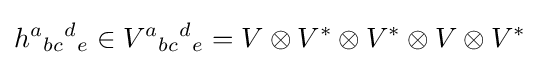
h^{a}{}_{bc}{}^{d}{}_{e}\in V^{a}{}_{bc}{}^{d}{}_{e}=V\otimes V^{*}\otimes V^{*}\otimes V\otimes V^{*}